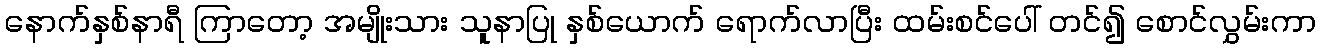
နောက်နှစ်နာရီ ကြာတော့ အမျိုးသား သူနာပြု နှစ်ယောက် ရောက်လာပြီး ထမ်းစင်ပေါ် တင်၍ စောင်လွှမ်းကာ